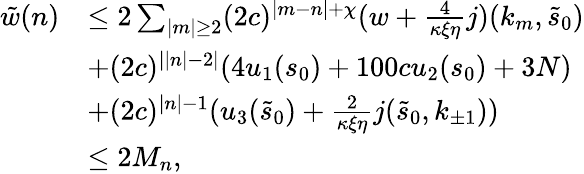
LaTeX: \begin{array}{rl}{\tilde{w}(n)}&{\le 2\sum_{\vert m\vert\ge 2}(2c)^{\vert m-n\vert+\chi}(w+\frac{4}{\kappa\xi\eta}j)(k_{m},\tilde{s}_{0})}\\ &{+(2c)^{\vert\vert n\vert-2\vert}(4u_{1}(s_{0})+100cu_{2}(s_{0})+3N)}\\ &{+(2c)^{\vert n\vert-1}(u_{3}(\tilde{s}_{0})+\frac 2{\kappa\xi\eta}j(\tilde{s}_{0},k_{\pm 1}))}\\ &{\le 2M_{n},}\end{array}